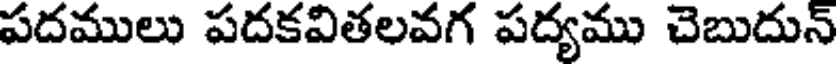
పదములు పదకవితలవగ పద్యము చెబుదున్